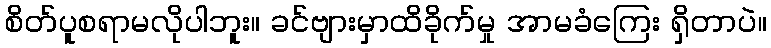
စိတ်ပူစရာမလိုပါဘူး။ ခင်ဗျားမှာထိခိုက်မှု အာမခံကြေး ရှိတာပဲ။